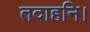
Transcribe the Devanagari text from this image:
तदाहनि।